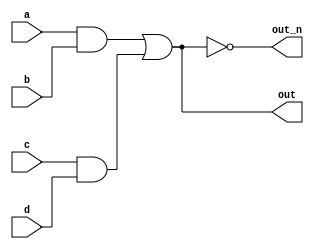
`default_nettype none
module top_module(
    input a,
    input b,
    input c,
    input d,
    output out,
    output out_n   ); 

    wire NandA;
    wire NandB;
    wire NandOut;
    
    assign NandA = (a & b);
    assign NandB = (c & d);
    assign NandOut = (NandA | NandB);
    
    assign out = NandOut;
    assign out_n = !NandOut;
endmodule